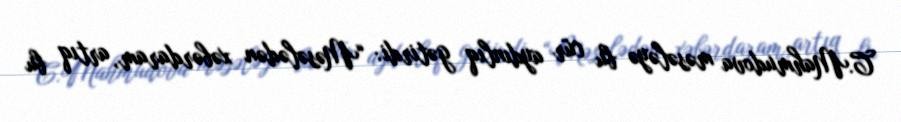
C.Mahmudova məsələyə bu cür aydınlıq gətirdi: “Məsələdən xəbərdaram, artıq bu